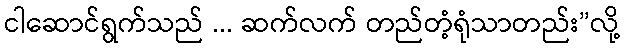
ငါဆောင်ရွက်သည် ... ဆက်လက် တည်တံ့ရုံသာတည်း”လို့